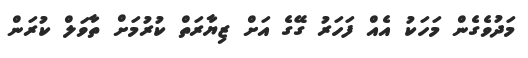
މަދުވެގެން މަހަކު އެއް ފަހަރު ގޭގެ އަށް ޒިޔާރަތް ކުރުމަށް ތާވަލް ކުރަން